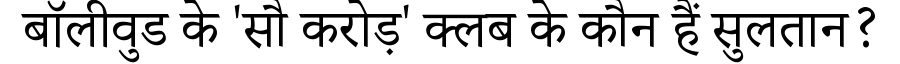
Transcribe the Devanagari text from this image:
बॉलीवुड के 'सौ करोड़' क्लब के कौन हैं सुलतान?